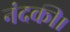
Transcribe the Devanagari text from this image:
नंदकी।